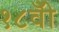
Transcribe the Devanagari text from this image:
१८वीँ